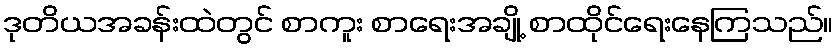
ဒုတိယအခန်းထဲတွင် စာကူး စာရေးအချို့ စာထိုင်ရေးနေကြသည်။